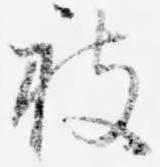
被